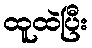
ထူထဲပြီး